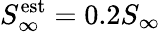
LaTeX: S_{\infty}^{\mathrm{est}}=0.2S_{\infty}